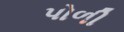
પોળી